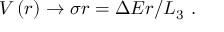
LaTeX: V \left( r \right) \rightarrow \sigma r = \Delta E r / L _ { 3 } \ .